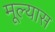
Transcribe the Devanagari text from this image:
मूल्यास